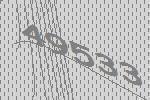
49533